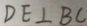
D E \bot B C